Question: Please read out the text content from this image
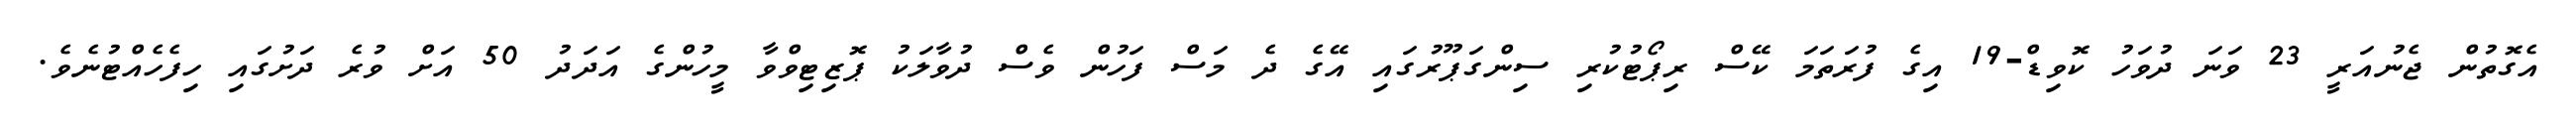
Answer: އެގޮތުން ޖެނުއަރީ 23 ވަނަ ދުވަހު ކޮވިޑް-19 އިގެ ފުރަތަމަ ކޭސް ރިޕޯޓުކުރި ސިންގަޕޫރުގައި އޭގެ ދެ މަސް ފަހުން ވެސް ދުވާލަކު ޕޮޒިޓިވްވާ މީހުންގެ އަދަދު 50 އަށް ވުރެ ދަށުގައި ހިފެހެއްޓުނެވެ.